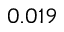
0 . 0 1 9